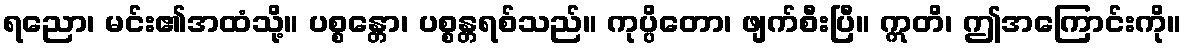
ရညော၊ မင်း၏အထံသို့။ ပစ္စန္တော၊ ပစ္စန္တရစ်သည်။ ကုပ္ပိတော၊ ဖျက်စီးပြီ။ ဣတိ၊ ဤအကြောင်းကို။